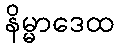
နိမ္မာဒေထ